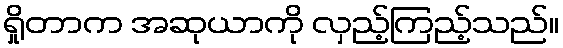
ရှိုတာက အဆုယာကို လှည့်ကြည့်သည်။